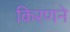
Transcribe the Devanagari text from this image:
किरणने